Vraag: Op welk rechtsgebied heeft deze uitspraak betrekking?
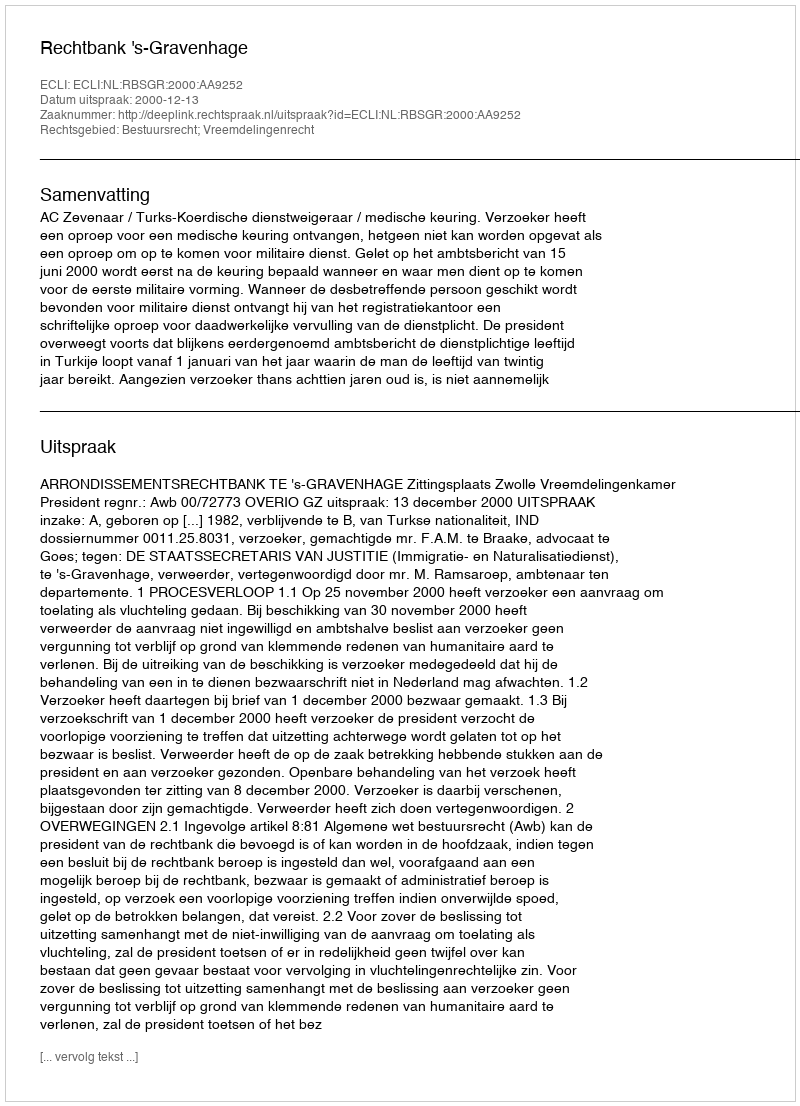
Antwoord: Bestuursrecht; Vreemdelingenrecht